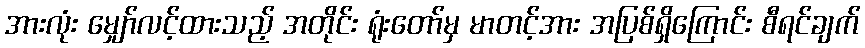
အားလုံး မျှော်လင့်ထားသည့် အတိုင်း ရုံးတော်မှ မာတင့်အား အပြစ်ရှိကြောင်း စီရင်ချက်